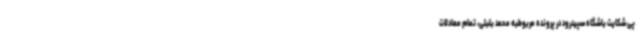
پی شکایت باشگاه سپیدرود در پرونده مربوطبه محمد بلبلی، تمام معادلات